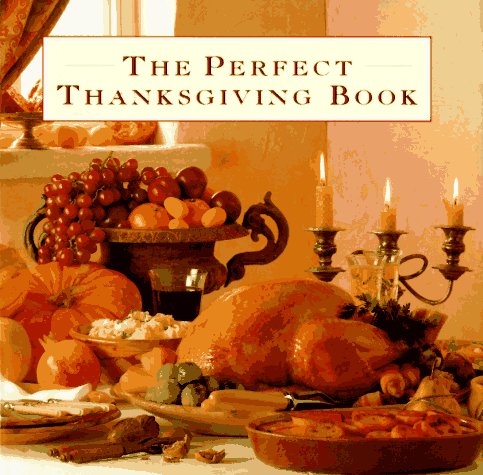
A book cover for The Perfect Thanksgiving Book: Delicious Recipes for a Fabulous Family Feast; Cookbooks, Food & Wine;